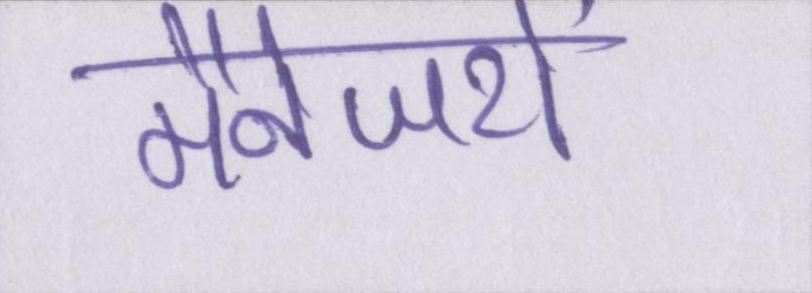
मैनेजरों